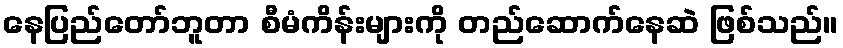
နေပြည်တော်ဘူတာ စီမံကိန်းများကို တည်ဆောက်နေဆဲ ဖြစ်သည်။